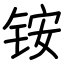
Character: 铵